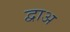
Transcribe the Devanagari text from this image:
द्वाअ